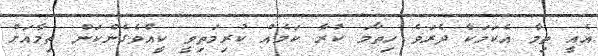
އެއީ ތިމާ އެކަމަކާ ދެރަވެ ހިތާމަ ކުރާ ކަމެއް ކުރިމަތިވީ ކީއްވެގެންކަން ތިމާއަށް